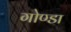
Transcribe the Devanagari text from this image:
गोण्‍डा